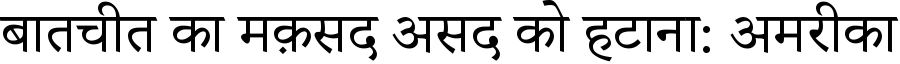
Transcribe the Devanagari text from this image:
बातचीत का मक़सद असद को हटाना: अमरीका